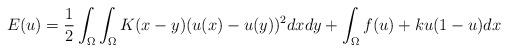
LaTeX: \begin{align*}E(u)=\frac{1}{2}\int_{\Omega}\int_{\Omega}K(x-y)(u(x)-u(y))^{2}dxdy+\int_{\Omega}f(u)+ku(1-u)dx \end{align*}